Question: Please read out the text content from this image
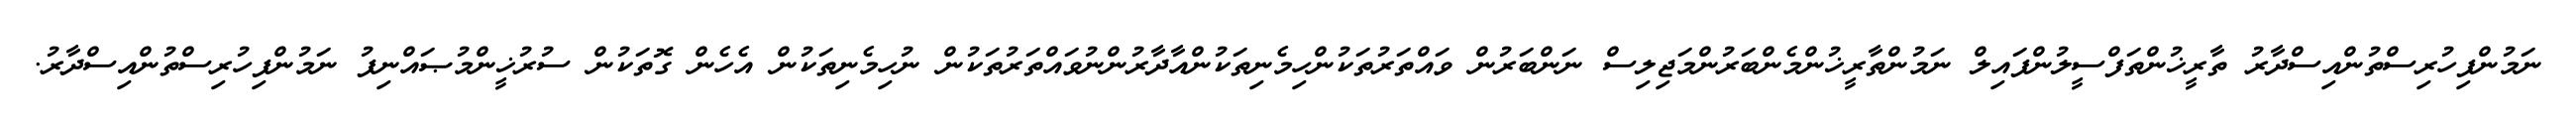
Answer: ނަމުންފިހުރިސްތުންއިސްދާރު ތާރީޚުންތަފްސީލުންފައިލް ނަމުންތާރީޚުންމެންބަރުންމަޖިލިސް ނަންބަރުން ވައްތަރުތަކުންހިމެނިތަކުންއާދާރުންނުވައްތަރުތަކުން ނުހިމެނިތަކުން އެހެން ގޮތަކުން ސުރުޚީންމުޞައްނިފު ނަމުންފިހުރިސްތުންއިސްދާރު.